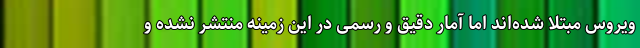
ویروس مبتلا شده‌اند اما آمار دقیق و رسمی در این زمینه منتشر نشده و